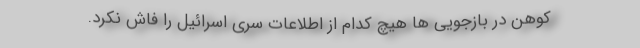
کوهن در بازجویی ‌ها هیچ‌ کدام از اطلاعات سرّی اسرائیل را فاش نکرد.